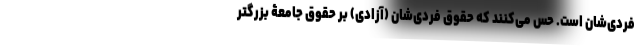
فردی‌شان است. حس می‌کنند که حقوق فردی‌شان (آزادی) بر حقوق جامعۀ بزرگتر